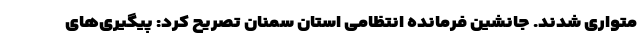
متواری شدند. جانشین فرمانده انتظامی استان سمنان تصریح کرد: پیگیری‌های